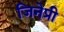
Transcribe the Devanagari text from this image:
जिनेप्री